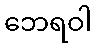
ဘေရဝါ